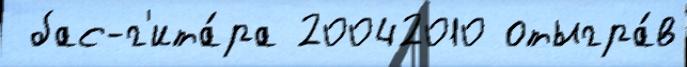
 бас-г'ита́ра 20042010 отыгра́в